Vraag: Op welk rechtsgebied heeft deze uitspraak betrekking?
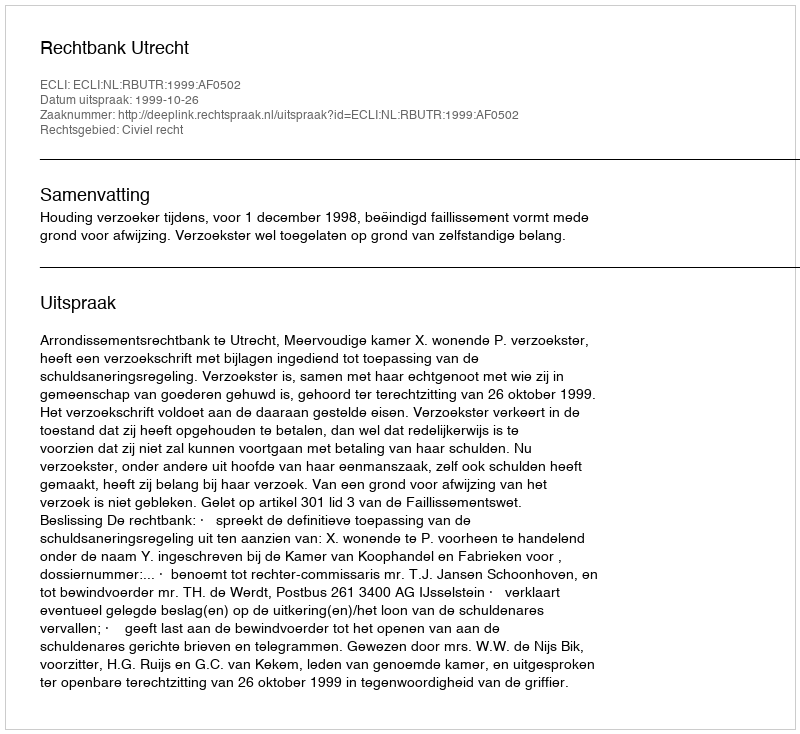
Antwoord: Civiel recht